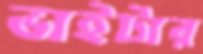
ভাইটার